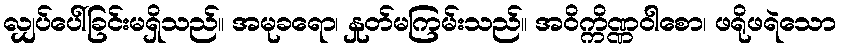
လျှပ်ပေါ်ခြင်းမရှိသည်။ အမုခရော၊ နှုတ်မကြမ်းသည်။ အဝိက္ကိဏ္ဏဝါစော၊ ဖရိုဖရဲသော